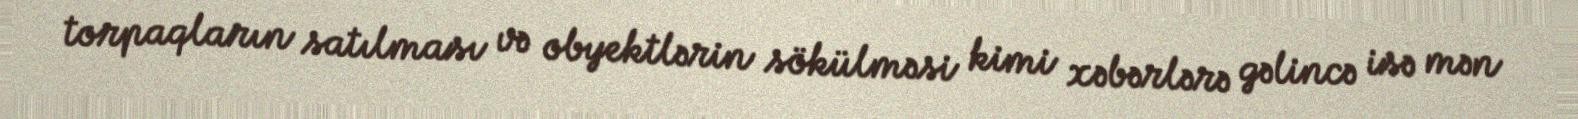
torpaqların satılması və obyektlərin sökülməsi kimi xəbərlərə gəlincə isə mən